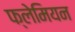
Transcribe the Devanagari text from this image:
फ्लेमियन